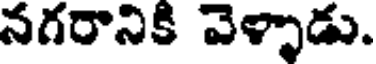
నగరానికి వెళ్ళాడు.